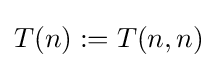
T(n):=T(n,n)